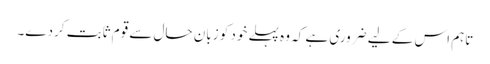
تاہم اس کے لیے ضروری ہے کہ وہ پہلے خود کو زبانِ حال سے قوم ثابت کردے۔